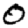
Digit: 0